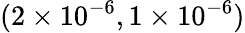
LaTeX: (2\times 10^{-6},1\times 10^{-6})